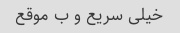
خیلی سریع و ب موقع